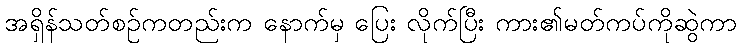
အရှိန်သတ်စဉ်ကတည်းက နောက်မှ ပြေး လိုက်ပြီး ကား၏မတ်ကပ်ကိုဆွဲကာ